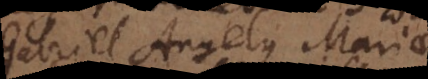
Gabriel Angelus Mariae